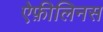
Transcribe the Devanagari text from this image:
ऐफ़ीलिनस